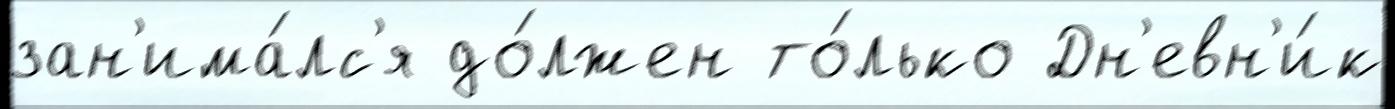
зан'има́лс'я до́лжен то́лько Дн'евн'и́к